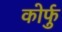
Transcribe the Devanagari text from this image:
कोर्फु